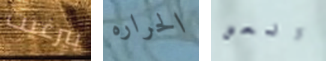
بيرغيت الحراره العض